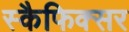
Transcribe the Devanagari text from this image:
स्कैफिक्सर